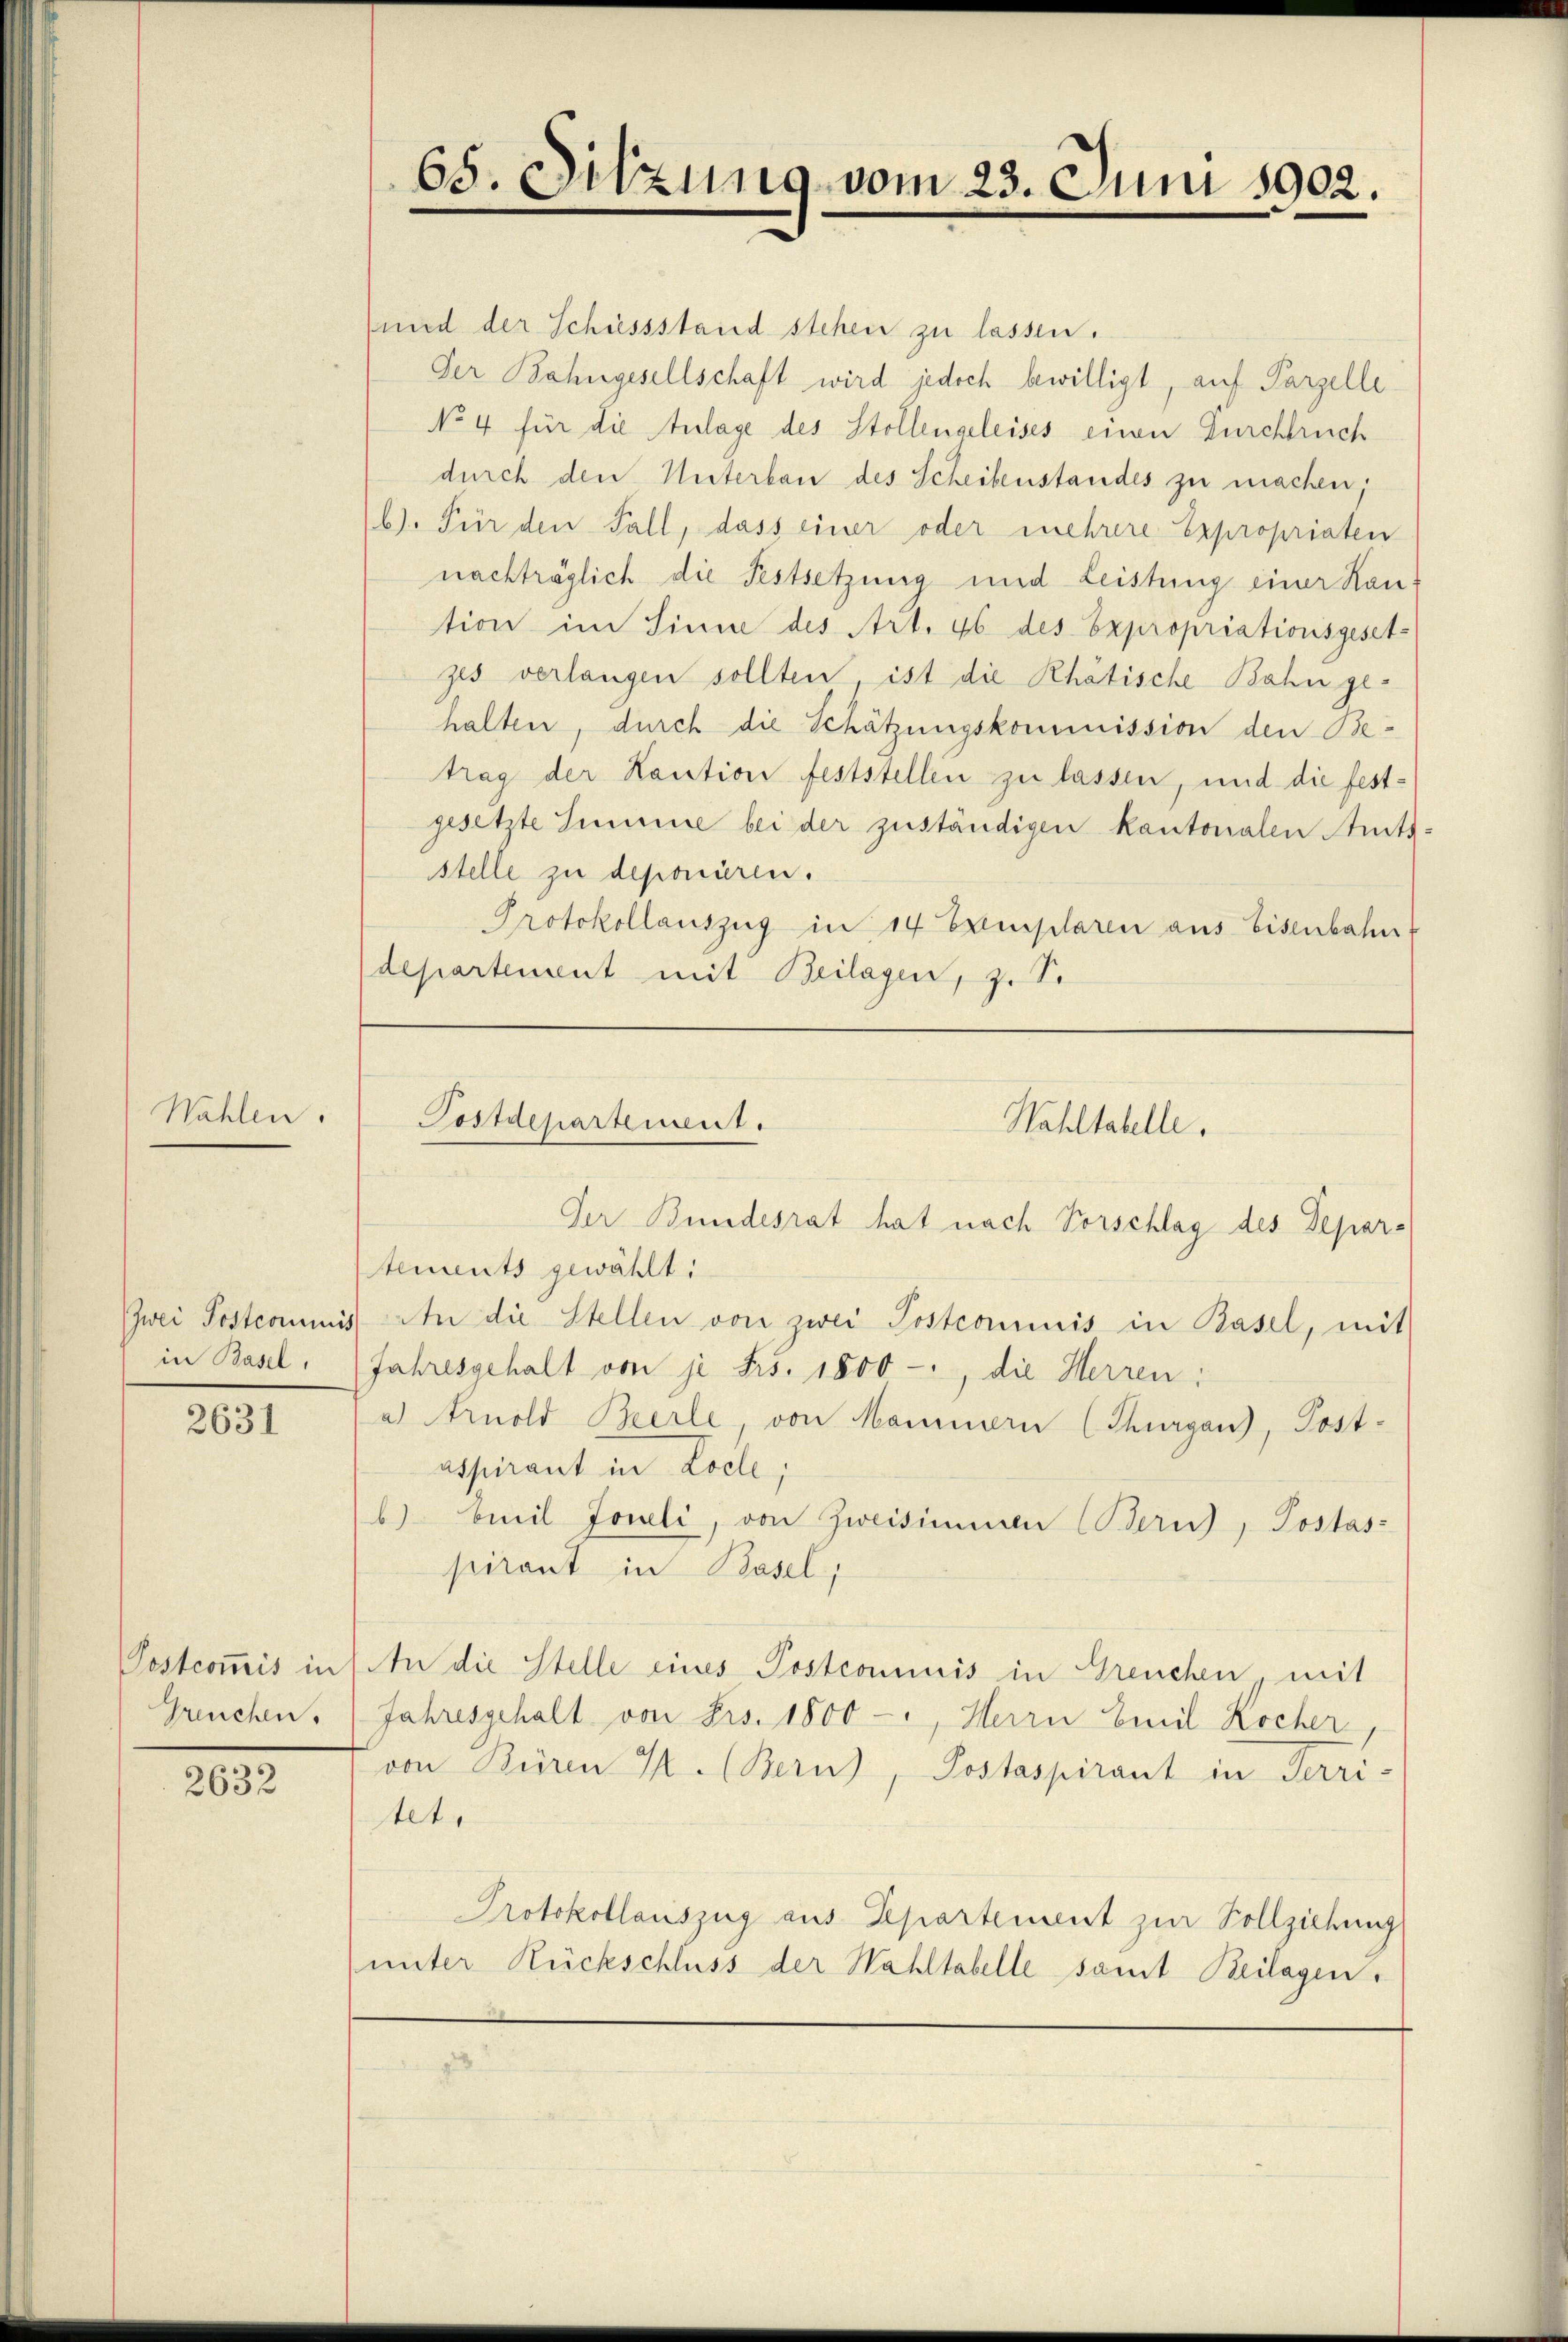
Wahlen.

Zwei Postcommis
in Basel,

2631

Postcommis in
Greuchen.

2632

65. Sitzung vom 23. Juni 1902.

und der Schiessstand stehen zu lassen.
Der Bahngesellschaft wird jedoch bewilligt, auf Parzelle
No 4 für die Anlage des Stollenaeleises einen Durchbruch
durch den Unterbau des Scheibenstandes zu machen.
b). Für den Fall, dass einer oder mehrere Expropriaten
nachträglich die Festsetzung und Leistung einer Kan-
tion im Sinne des Art. 46 des Expropriationsgeset-
zes verlangen sollten, ist die Rhätische Bahn gehalten, durch die Schätzungskommission den Betrag der Kaution feststellen zu lassen, und die festgesetzte Summe bei der zuständigen kantonalen Amtsstelle zu deponiren.
Protokollauszug in 14 Exemplaren aus Eisenbahn
departement mit Beilagen, z. S.

Postdepartement.

Der Bundesrat hat nach Vorschlag des Depar-
tements gewählt:
An die Stellen von zwei Postcommis in Basel, mit
Jahresgehalt von je Frs. 1800 -, die Herren:
a Arnold Bierle, von Mannern (Thurgau), Post-
atsurant in Loche;
b) Emil Joneli, von Zweisimmen (Bern), Postas-
pirant in Basel,
An die Stelle eines Postcommis in Greuchen, mit
Jahresgehalt von Frs. 1800 -, Herrn Emil Kocher,
von Büren K. (Bern), Postaspirant in Terri-
tet.
Protokollauszug aus Departement zur Vollziehung
unter Rückschluss der Wahltabelle samt Beilagen.

Wahltabelle.